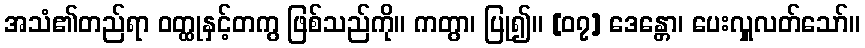
အသံ၏တည်ရာ ဝတ္ထုနှင့်တကွ ဖြစ်သည်ကို။ ကတွာ၊ ပြု၍။ [၀၇] ဒေန္တော၊ ပေးလှူလတ်သော်။